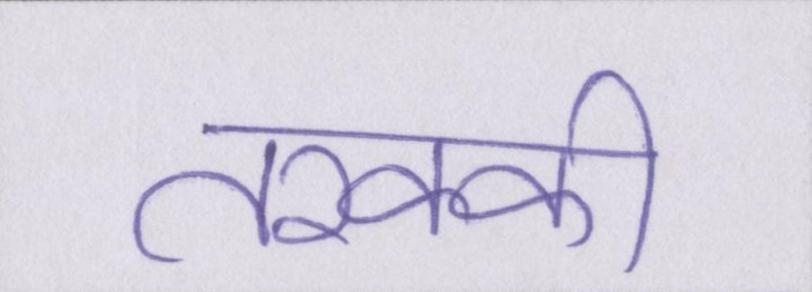
तरक्की